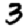
Digit: 3